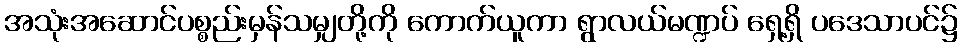
အသုံးအဆောင်ပစ္စည်းမှန်သမျှတို့ကို ကောက်ယူကာ ရွာလယ်မဏ္ဍပ် ရှေ့ရှိ ပဒေသာပင်၌